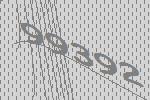
99392